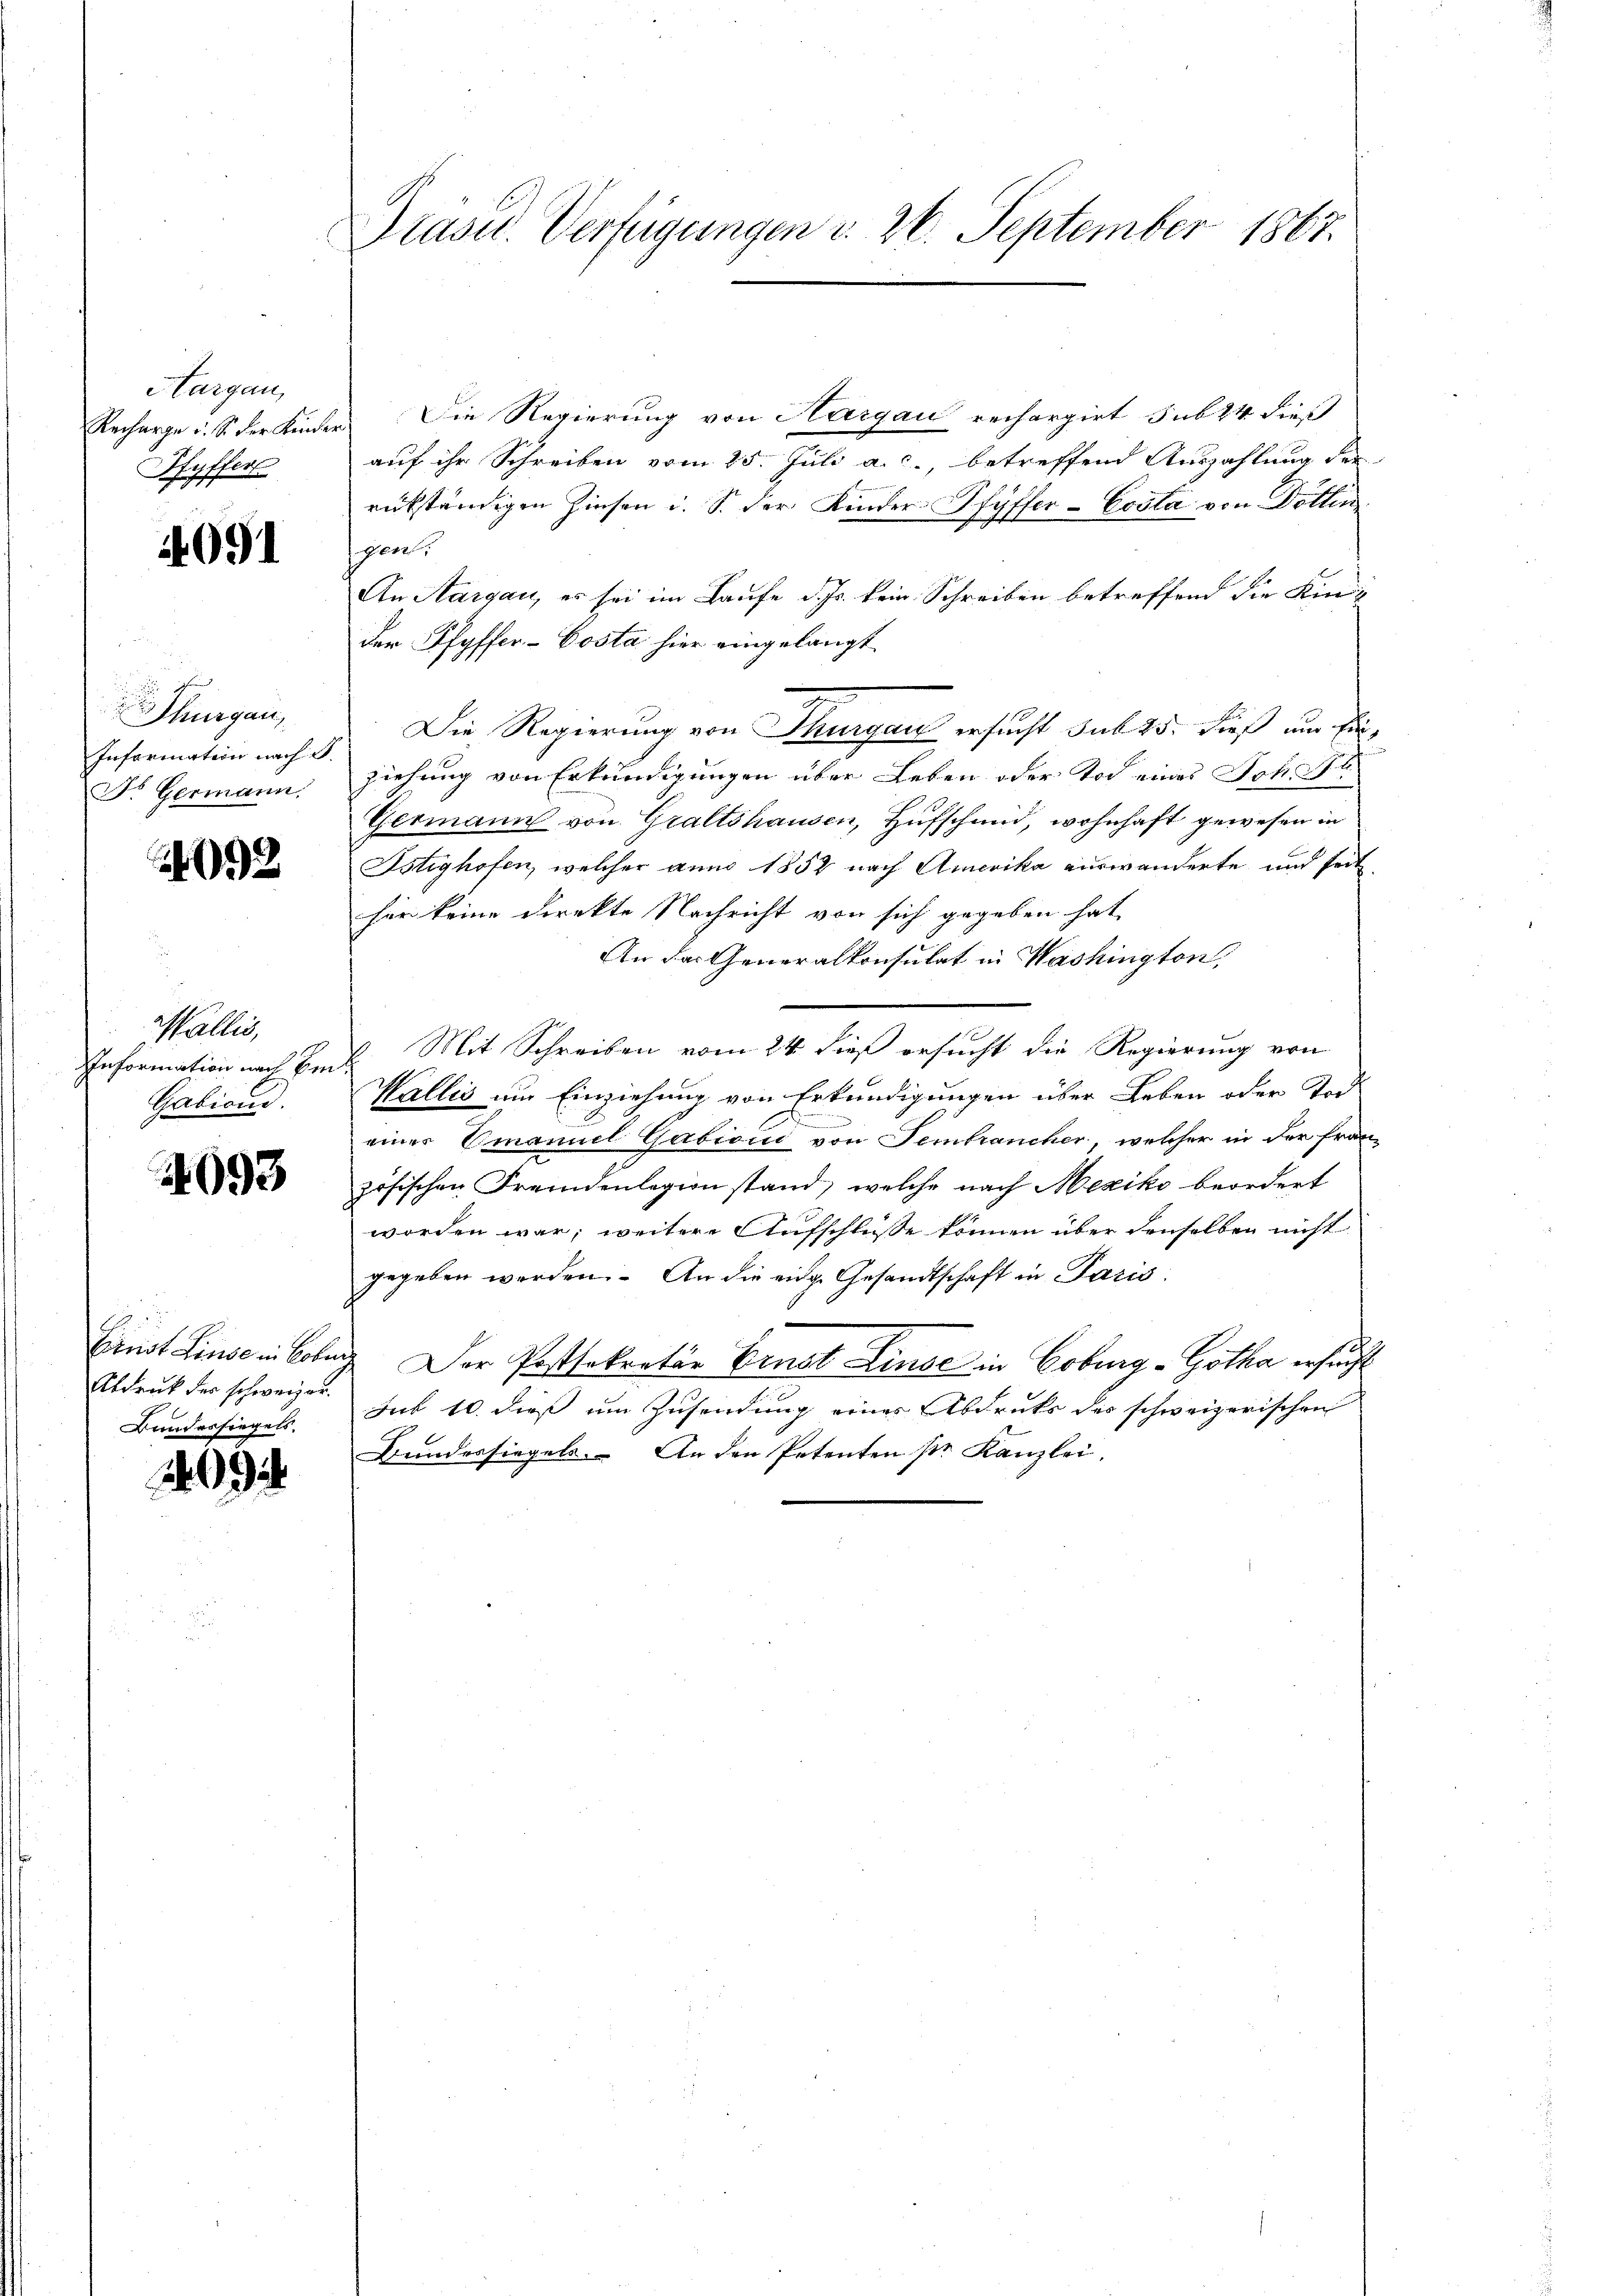
Aargau,
Recharge u. S. der Kinde.
Pfyffers

4091

Thurgau,
Information nach S.
Dr Germann.

093

Wallis,
Information nach Ein¬
Gabiand.

4093

Ernst Linse in Boln
Abdruck der schweizer.
Bundessiegels.

9

Präser Verfügungen v. 26. September 1867.

Die Regierung von Hargau rechargirt sub 24 dieß
auf ihr Schreiben vom 25. Juli a. c., betreffend Auszahlung der
rükständigen Zinsen i. S. der Kinder Pfyffer-Cosla von Döttin
schen
An Aargau, es sei im Laufe d. Js. kein Schreiben betreffend die Kinder Pfyffer-Costa hier eingelangt
Die Regierung von Thurgau ersucht sub 25. dieß um Einziehung von Erkundigungen über Leben oder Tod eines Joh. Au
Germann von Graftshausen, Hufschmid, wohnhaft gewesen in
Istighofen, welcher anno 1852 nach Amerika auswanderte und seit
her keine Direkte Nachricht von sich gegeben hat,
An das Generalkonsulat in Washington,
Mit Schreiben vom 24. dieß ersucht die Regierung von
Wallis um Einziehung von Erkundigungen über Leben oder Tode
einer Emanuel Gabioud von Sembrancher, welcher in der französischen Freundenlegionstand, welche nach Mexiko beordert
worden war; weitere Aufschlüsse können über denselben nicht
gegeben werden. An die eige Gesandtschaft in Paris
. Der Postsekretär Ernst Linde in Cobung - Gotha ersucht
sub 10. dieß um Zusendung eines Abdrucks des schweizerischen
Bundessiegels. An den Petenten pr. Kanzlei.